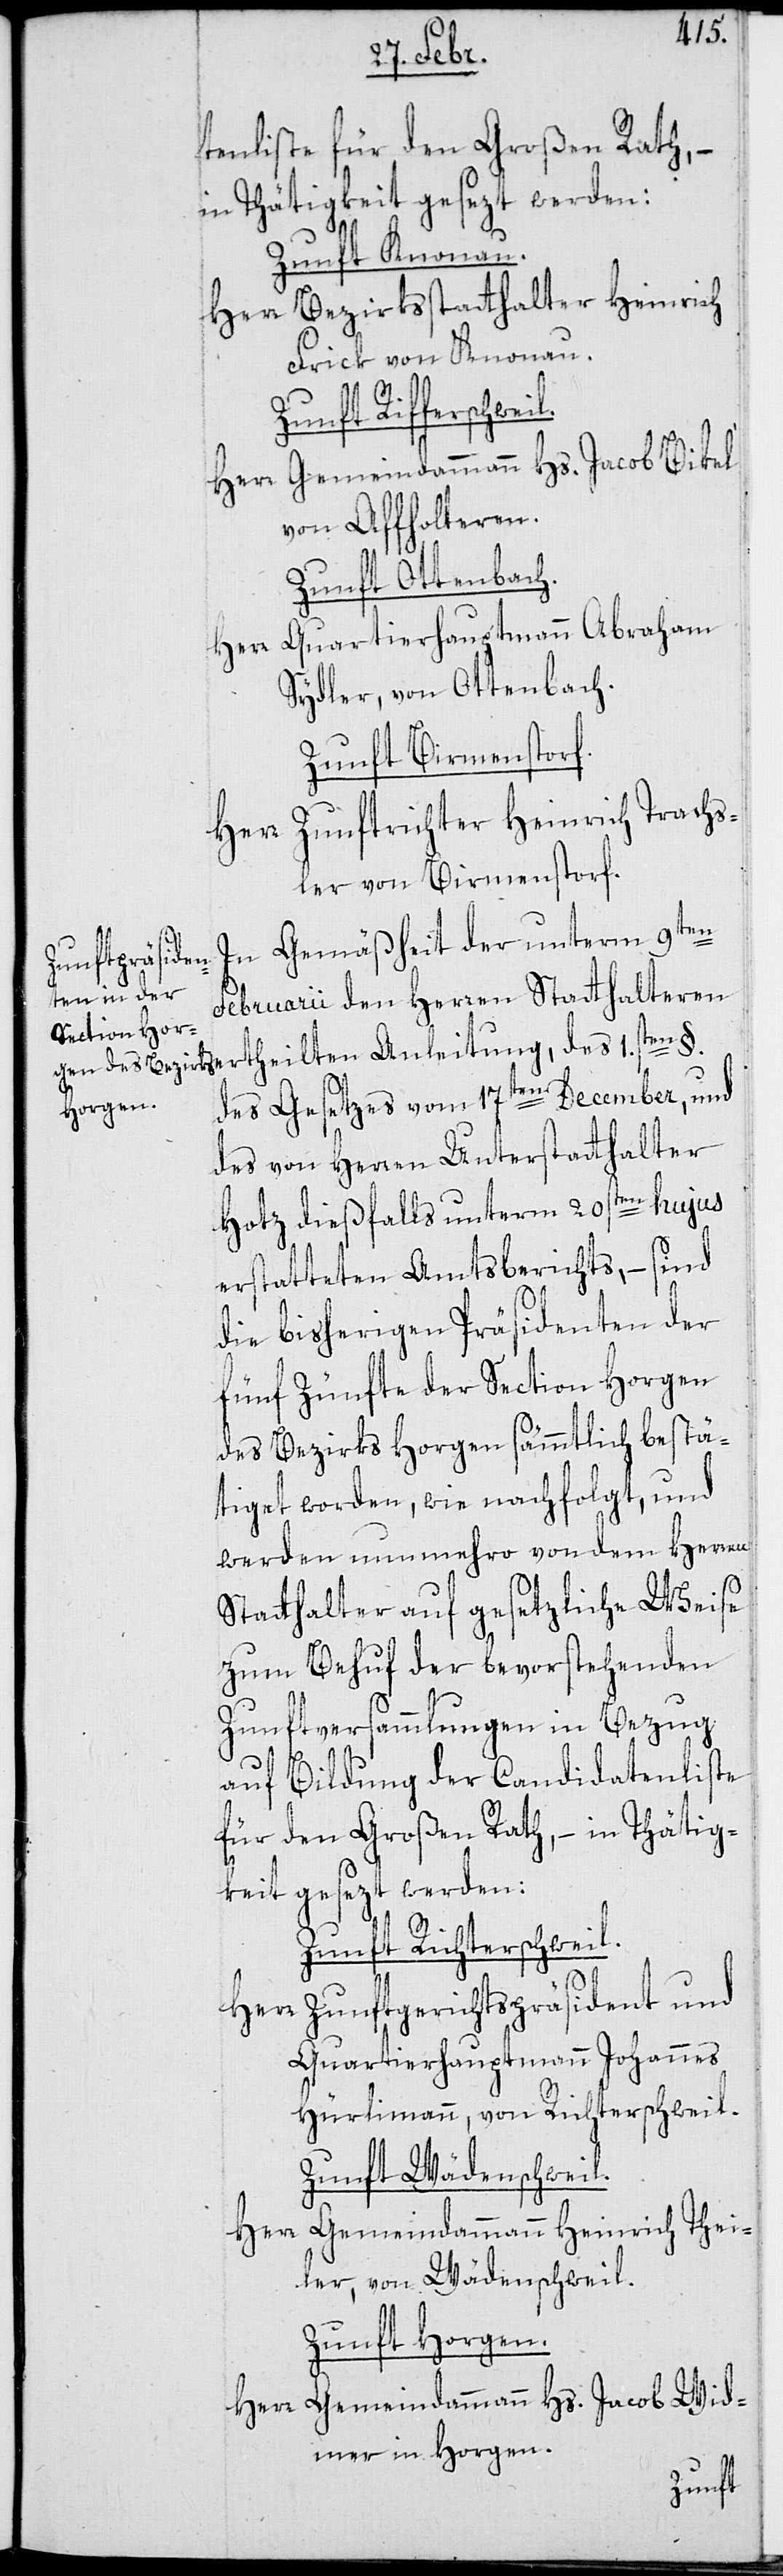
tenliste für den Großen Rath, –
in Thätigkeit gesezt werden:
Zunft Knonau.
Herr Bezirksstatthalter Heinrich
Frick von Knonau.
§.
Zunft Rifferschweil.
Gemeindammann Hs. Jacob Bikel
Herr
von Affholteren.
Zunft Ottenbach.
Herr Quartierhauptmann Abraham
Sydler, von Ottenbach.
Zunft Birmenstorf.
Herr Zunftrichter Heinrich Trachs¬
ler, von Birmenstorf.
In Gemäßheit der unterm 9ten
Februarii den Herren Statthalteren
des Gesetzes vom 17ten December, und
des von Herren Unterstatthalter
Hotz dießfalls unterm 20sten hujus
erstatteten Amtsberichts, – sind
die bisherigen Präsidenten der
fünf Zünfte der Section Horgen
des Bezirks Horgen sämmtlich bestä¬
tiget worden, wie nachfolgt, und
werden nunmehro von dem Herren
Statthalter auf gesetzliche Weise
zum Behuf der bevorstehenden
Zunftversammlungen in Bezug
auf Bildung der Candidatenliste
für den Großen Rath, – in Thätig¬
des
keit gesezt werden:
Zunft Richterschweil.
Herr Zunftgerichtspräsident und
Quartierhauptmann Johannes
Hürlimann, von Richterschweil.
Zunft Wädenschweil.
Herr Gemeindammann Heinrich Thei¬
ler, von Wädenschweil.
Zunft Horgen.
Gemeindammann Hs. Jacob Wid¬
mer, in Horgen.